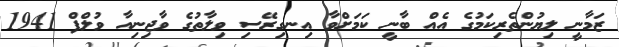
ޒަމާނީ ލިޔުންތެރިކަމުގެ އެއް ބާނީ ކަމަށްވާ އިނގިރޭސި ވިލާތުގެ ވާޖިނިއާ ވުލްފް 1941